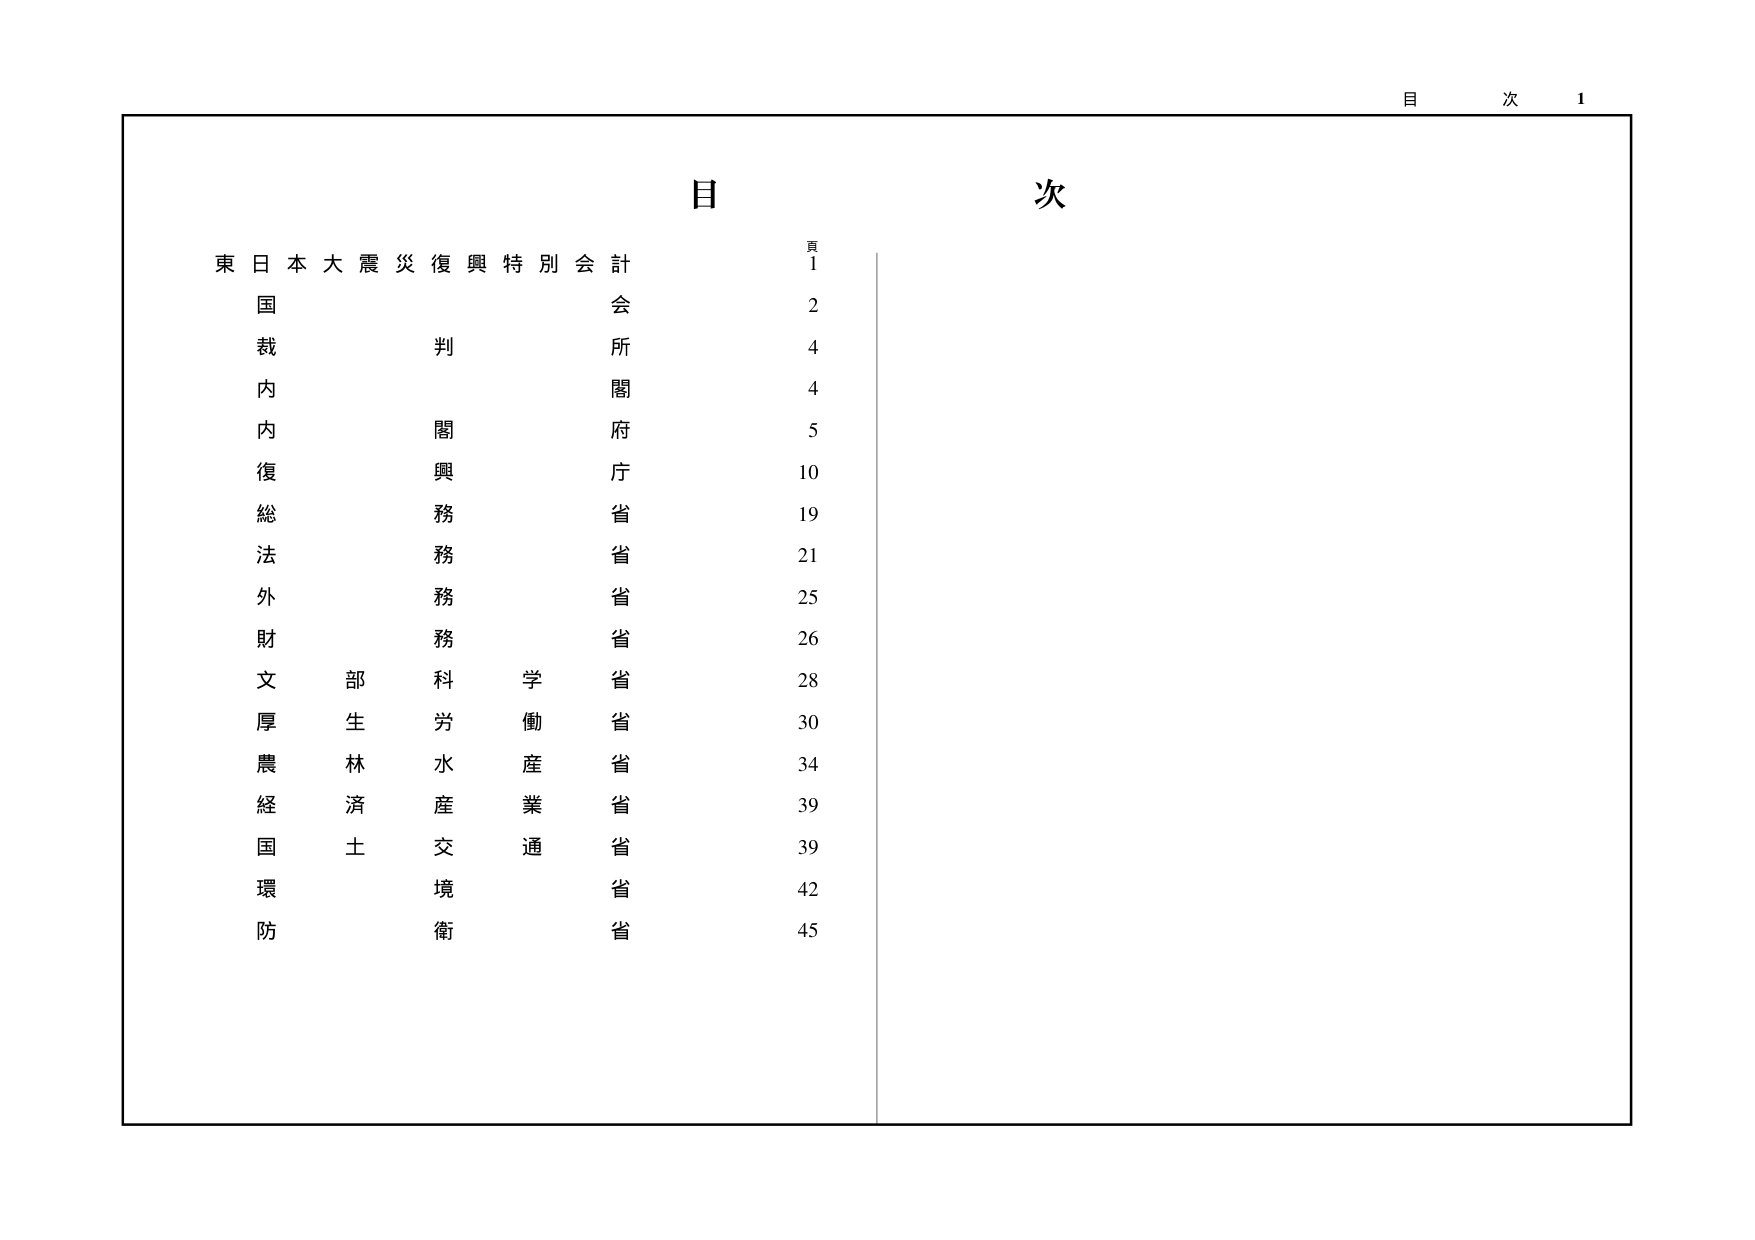
目 次 1

目 次

頁
東日本大震災復興特別会計 1
国 会 2
裁 判 所 4
内 閣 4
内 閣 府 5
復 興 庁 10
総 務 省 19
法 務 省 21
外 務 省 25
財 務 省 26
文 部 科 学 省 28
厚 生 労 働 省 30
農 林 水 産 省 34
経 済 産 業 省 39
国 土 交 通 省 39
環 境 省 42
防 衛 省 45